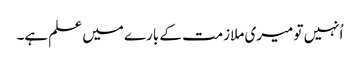
اُنہیں تو میری ملازمت کے بارے میں علم ہے۔